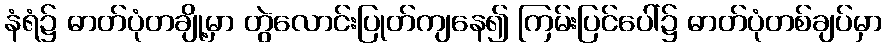
နံရံ၌ ဓာတ်ပုံတချို့မှာ တွဲလောင်းပြုတ်ကျနေ၍ ကြမ်းပြင်ပေါ်၌ ဓာတ်ပုံတစ်ချပ်မှာ